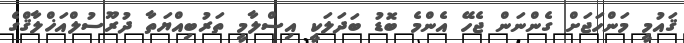
ޤައުމީ މަންހަޖަށް ގެންނަން ޖެހޭ އެންމެ ބޮޑު ބަދަލަކީ އިސްލާމީ ތަރުބިއްޔަތާ ދުރޫސުލްއަޚްލާޤްގެ